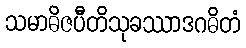
သမာဓိဇပီတိသုခဿာဒဂဓိတံ